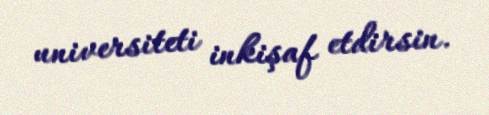
universiteti inkişaf etdirsin.